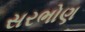
સરભોણ